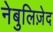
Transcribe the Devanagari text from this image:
नेबुलिज़ेद